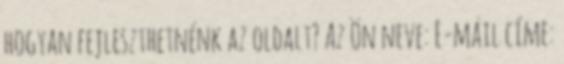
hogyan fejleszthetnénk az oldalt? Az Ön neve: E-mail címe: